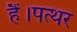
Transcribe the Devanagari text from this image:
हैं।पत्थर